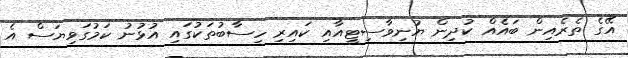
އޭގެ ތެރެއިން ބައެއް ކުދިން ޔުނިވާސިޓީއާއި ކައިރި ހިސާބުތަކުގައި އުޅުނު ކަމުގަވިޔަސް އެ